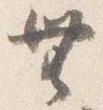
無